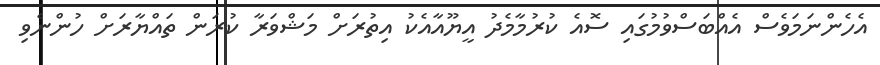
އެހެންނަމަވެސް އެއްބަސްވުމުގައި ސޮއެ ކުރުމާމެދު އީޔޫއާއެކު އިތުރަށް މަޝްވަރާ ކުރަން ތައްޔާރަށް ހުންނެވި